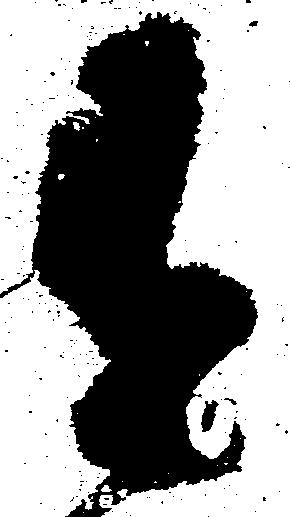
有